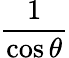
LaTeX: \frac{1}{\cos\theta}